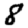
Digit: 8